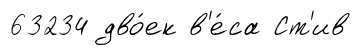
63234 дво́ек в'е́са Ст'ив